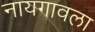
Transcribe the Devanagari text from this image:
नायगावला